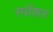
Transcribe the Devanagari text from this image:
स्पाँशर